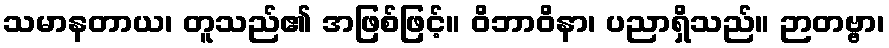
သမာနတာယ၊ တူသည်၏ အဖြစ်ဖြင့်။ ဝိဘာဝိနာ၊ ပညာရှိသည်။ ဉာတဗ္ဗာ၊